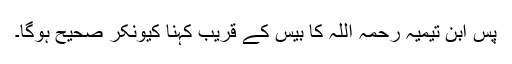
پس ابن تیمیہ رحمہ اللہ کا بیس کے قریب کہنا کیونکر صحیح ہوگا۔